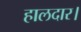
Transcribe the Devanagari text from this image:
हालदार।